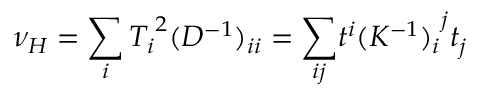
\nu _ { H } = \sum _ { i } { T _ { i } } ^ { 2 } { ( D ^ { - 1 } ) } _ { i i } = { \sum _ { i j } } t ^ { i } { ( K ^ { - 1 } ) _ { i } } ^ { j } t _ { j }